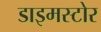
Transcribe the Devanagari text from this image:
डाइमस्टोर